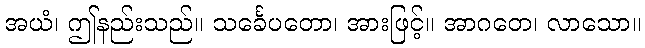
အယံ၊ ဤနည်းသည်။ သင်္ခေပတော၊ အားဖြင့်။ အာဂတေ၊ လာသော။